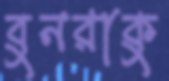
বুনরাকু